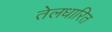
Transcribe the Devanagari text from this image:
तेलधारित